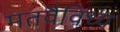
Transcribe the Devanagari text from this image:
मतवैविध्य